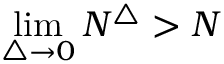
\operatorname* { l i m } _ { \triangle \to 0 } N ^ { \triangle } > N